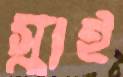
স্কাই